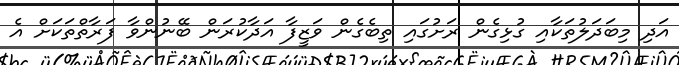
އަދި މިބަދަލުތަކާއި ގުޅިގެން ރަށުގައި ތިބެގެން ވަޒީފާ އަދާކުރަން ބޭނުންވާ ފަރާތްތަކަށް އެ